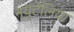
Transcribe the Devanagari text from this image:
न्यूटेलिया